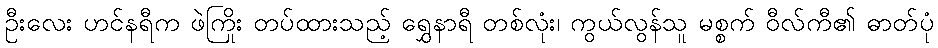
ဦးလေး ဟင်နရီက ဖဲကြိုး တပ်ထားသည့် ရွှေနာရီ တစ်လုံး၊ ကွယ်လွန်သူ မစ္စက် ဝီလ်ကီ၏ ဓာတ်ပုံ